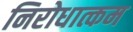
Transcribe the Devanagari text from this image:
निरोधात्कम